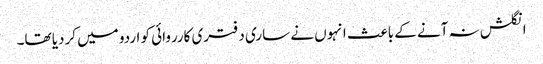
انگلش نہ آنے کے باعث انہوں نے ساری دفتری کارروائی کو اردو میں کردیا تھا۔